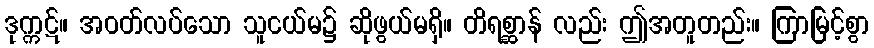
ဒုက္ကဋ်။ အဝတ်လပ်သော သူငယ်မ၌ ဆိုဖွယ်မရှိ။ တိရစ္ဆာန် လည်း ဤအတူတည်း။ ကြာမြင့်စွာ